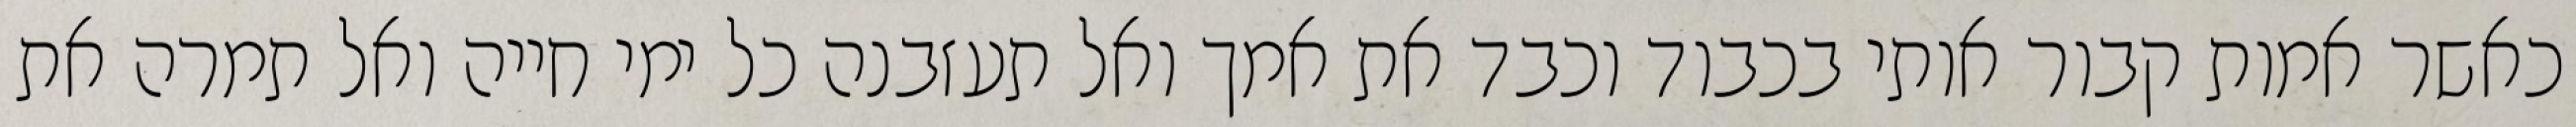
כאשר אמות קבור אותי בכבוד וכבד את אמך ואל תעזבנה כל ימי חייה ואל תמרה את